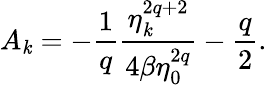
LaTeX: A_{\mathit{k}}=-\frac{{1}}{{q}}\frac{{\eta_{\mathit{k}}^{2q+2}}}{{4\beta\eta_{0}^{2q}}}-\frac{{q}}{{2}}.